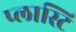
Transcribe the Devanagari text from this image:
प्लास्टि